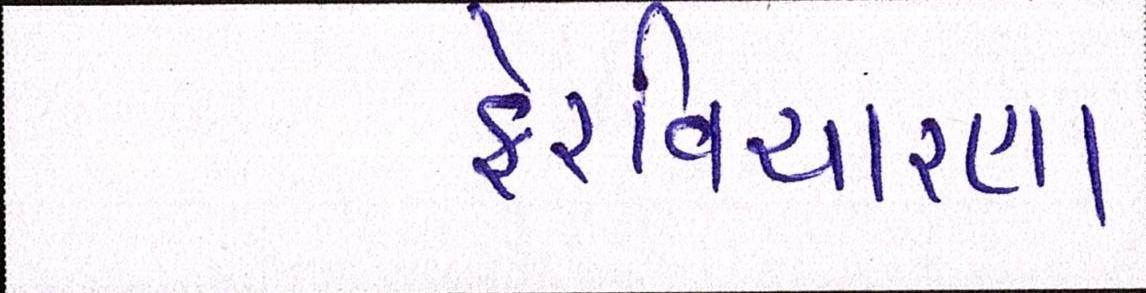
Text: ફેરવિચારણા